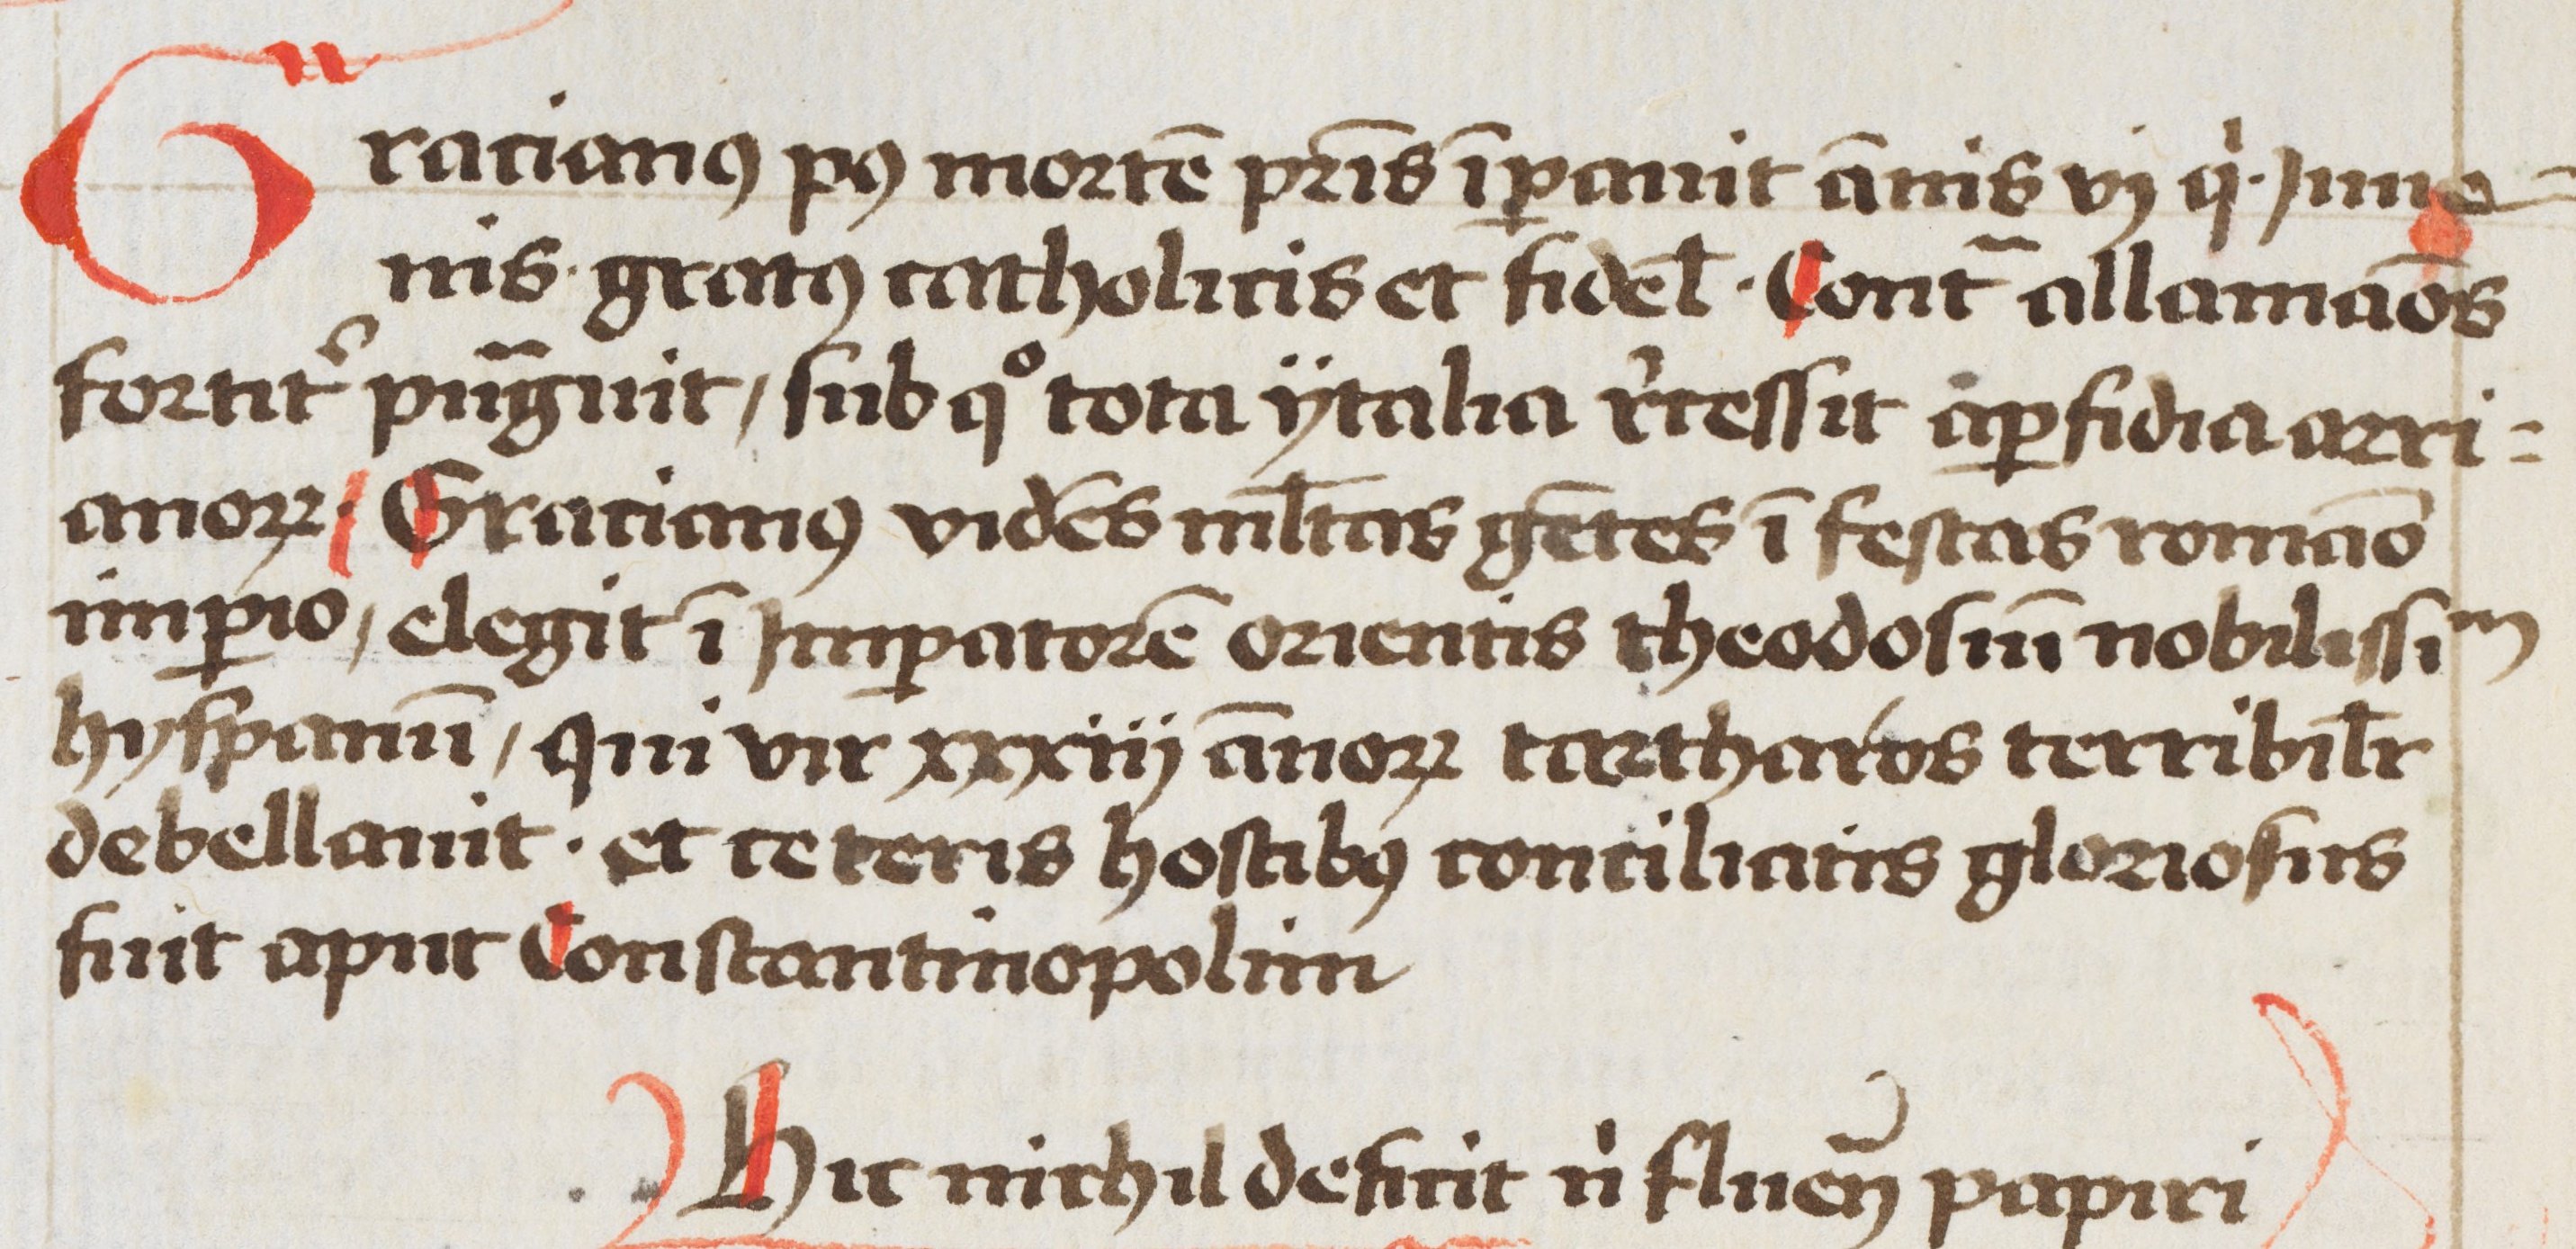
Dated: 1460–1490